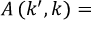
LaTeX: A \left( k ^ { \prime } , k \right) =